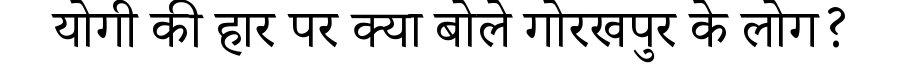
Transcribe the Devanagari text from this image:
योगी की हार पर क्या बोले गोरखपुर के लोग?